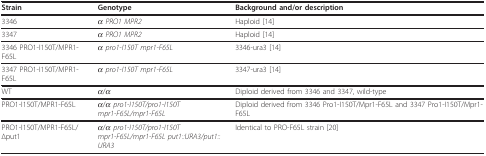
| Strain | Genotype | Background and/or description |
 | --- | --- | --- |
 | 3346 | α PRO1 MPR2 | Haploid [14] |
 | 3347 | α PRO1 MPR2 | Haploid [14] |
 | 3346 PRO1-I150T/MPR1-F65L | α pro1-I150T mpr1-F65L | 3346-ura3 [14] |
 | 3347 PRO1-I150T/MPR1-F65L | α pro1-I150T mpr1-F65L | 3347-ura3 [14] |
 | WT | α/α | Diploid derived from 3346 and 3347, wild-type |
 | PRO1-I150T/MPR1-F65L | α/α pro1-I150T/pro1-I150Tmpr1-F65L/mpr1-F65L | Diploid derived from 3346 Pro1-I150T/Mpr1-F65L and 3347 Pro1-I150T/Mpr1-F65L |
 | PRO1-I150T/MPR1-F65L/Δput1 | α/α pro1-I150T/pro1-I150Tmpr1-F65L/mpr1-F65L put1::URA3/put1::URA3 | Identical to PRO-F65L strain [20] |